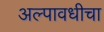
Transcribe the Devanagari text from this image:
अल्पावधीचा